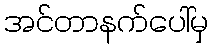
အင်တာနက်ပေါ်မှ